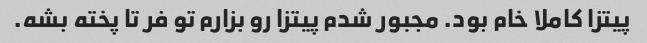
پیتزا کاملا خام بود. مجبور شدم پیتزا رو بزارم تو فر تا پخته بشه.